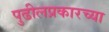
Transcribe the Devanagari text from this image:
पुढीलप्रकारच्या